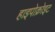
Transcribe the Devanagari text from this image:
हाइपोक्रोइट